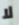
لا